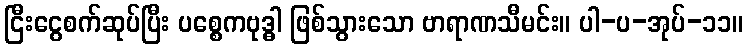
ငြီးငွေစက်ဆုပ်ပြီး ပစ္စေကဗုဒ္ဓါ ဖြစ်သွားသော ဗာရာဏသီမင်း။ ပါ-ပ-အုပ်-၁၁။